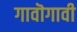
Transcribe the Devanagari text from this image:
गावॊगावी